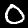
Digit: 0